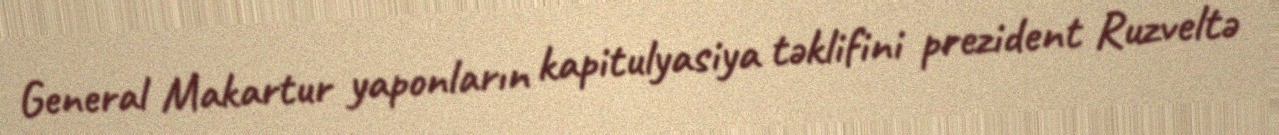
General Makartur yaponların kapitulyasiya təklifini prezident Ruzveltə